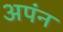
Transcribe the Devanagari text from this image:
अपंन